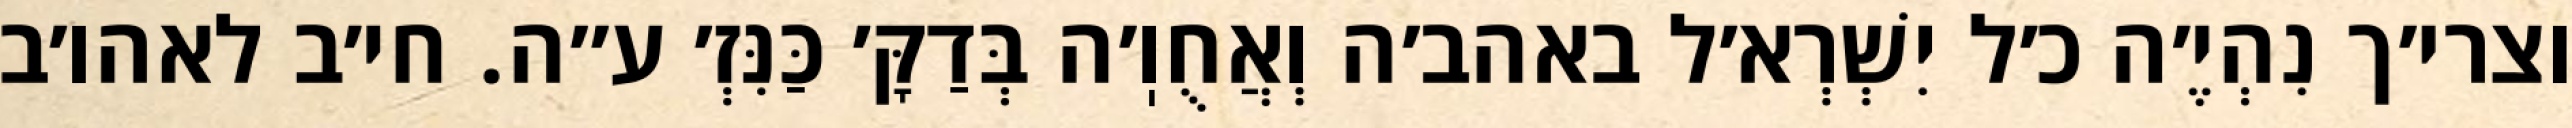
וצרי׳ך נִהְיֶ׳ה כ׳ל יִשְׁרְא׳ל באהב׳ה וְאֲחֻוֽ׳ה בְּדַקָּ׳ כַּנִּזְ׳ ע״ה. חי׳ב לאהו׳ב